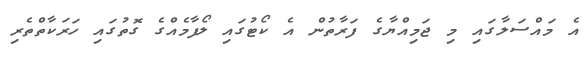
އެ މައްސަލާގައި މި ޖަމިއްޔާގެ ފަރާތުން އެ ކޯޓުގައި ލޯފާމެއްގެ ގޮތުގައި ހަރަކާތްތެރި